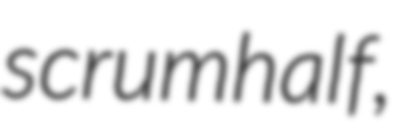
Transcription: scrumhalf,